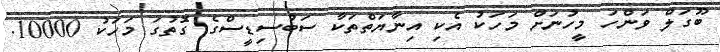
ބޫގަލް ވަންހަ މީހުނަށް މަހަކު އެކި އިނާޔަތްތަކާ ސަބުސިޑީސްގެ ގޮތުގަ މަހަކު 10000.